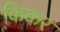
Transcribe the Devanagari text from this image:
किकर